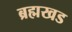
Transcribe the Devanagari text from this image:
ब्रह्मखड